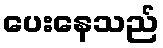
ပေးနေသည်